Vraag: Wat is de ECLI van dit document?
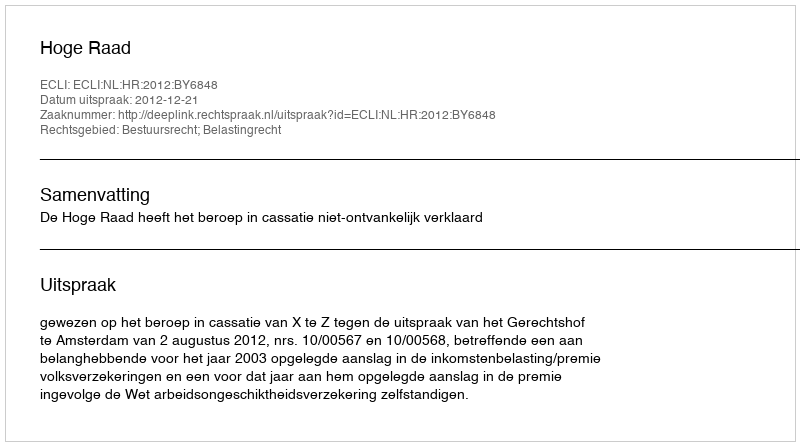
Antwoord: ECLI:NL:HR:2012:BY6848